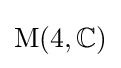
{\text{M}}(4,\mathbb {C} )